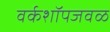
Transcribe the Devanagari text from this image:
वर्कशॉपजवळ